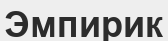
Эмпирик